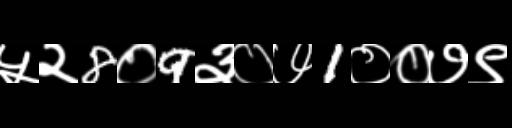
Text: ५२8०9३०७1००७९